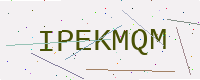
Text: IPEKMQM